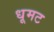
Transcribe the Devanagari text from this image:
धूमट